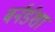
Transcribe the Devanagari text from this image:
बर्नर्डशा